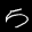
Label: 5